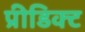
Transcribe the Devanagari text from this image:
प्रीडिक्ट